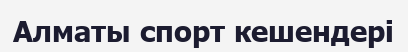
Алматы спорт кешендері